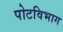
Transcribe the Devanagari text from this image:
पोटविभाग